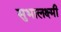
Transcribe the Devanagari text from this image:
सुभालक्ष्मी